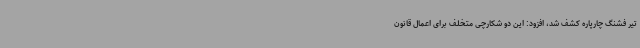
تیر فشنگ چارپاره کشف شد، افزود: این دو شکارچی متخلف برای اعمال قانون